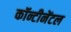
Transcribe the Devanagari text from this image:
कॉन्टीनेंटल